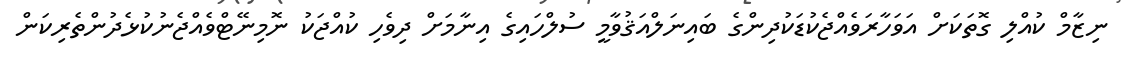
ނިޒާމް ކުއްލި ގޮތަކަށް އަވަހާރަވެއްޖެކުޑަކުދިންގެ ބައިނަލްއަޤުވާމީ ސުލްހައިގެ އިނާމަށް ދިވެހި ކުއްޖަކު ނޮމިނޭޓްވެއްޖެނުކުޅެދުންތެރިކަން